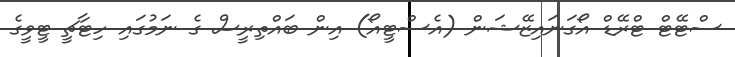
ސްޓޭޓް ޓްރޭޑް އޯގަނައިޒޭޝަން (އެސްޓީއޯ) އިން ބައްތިރީސް ގެ ނަމުގައި ހިޓާޗީ ޓީވީގެ